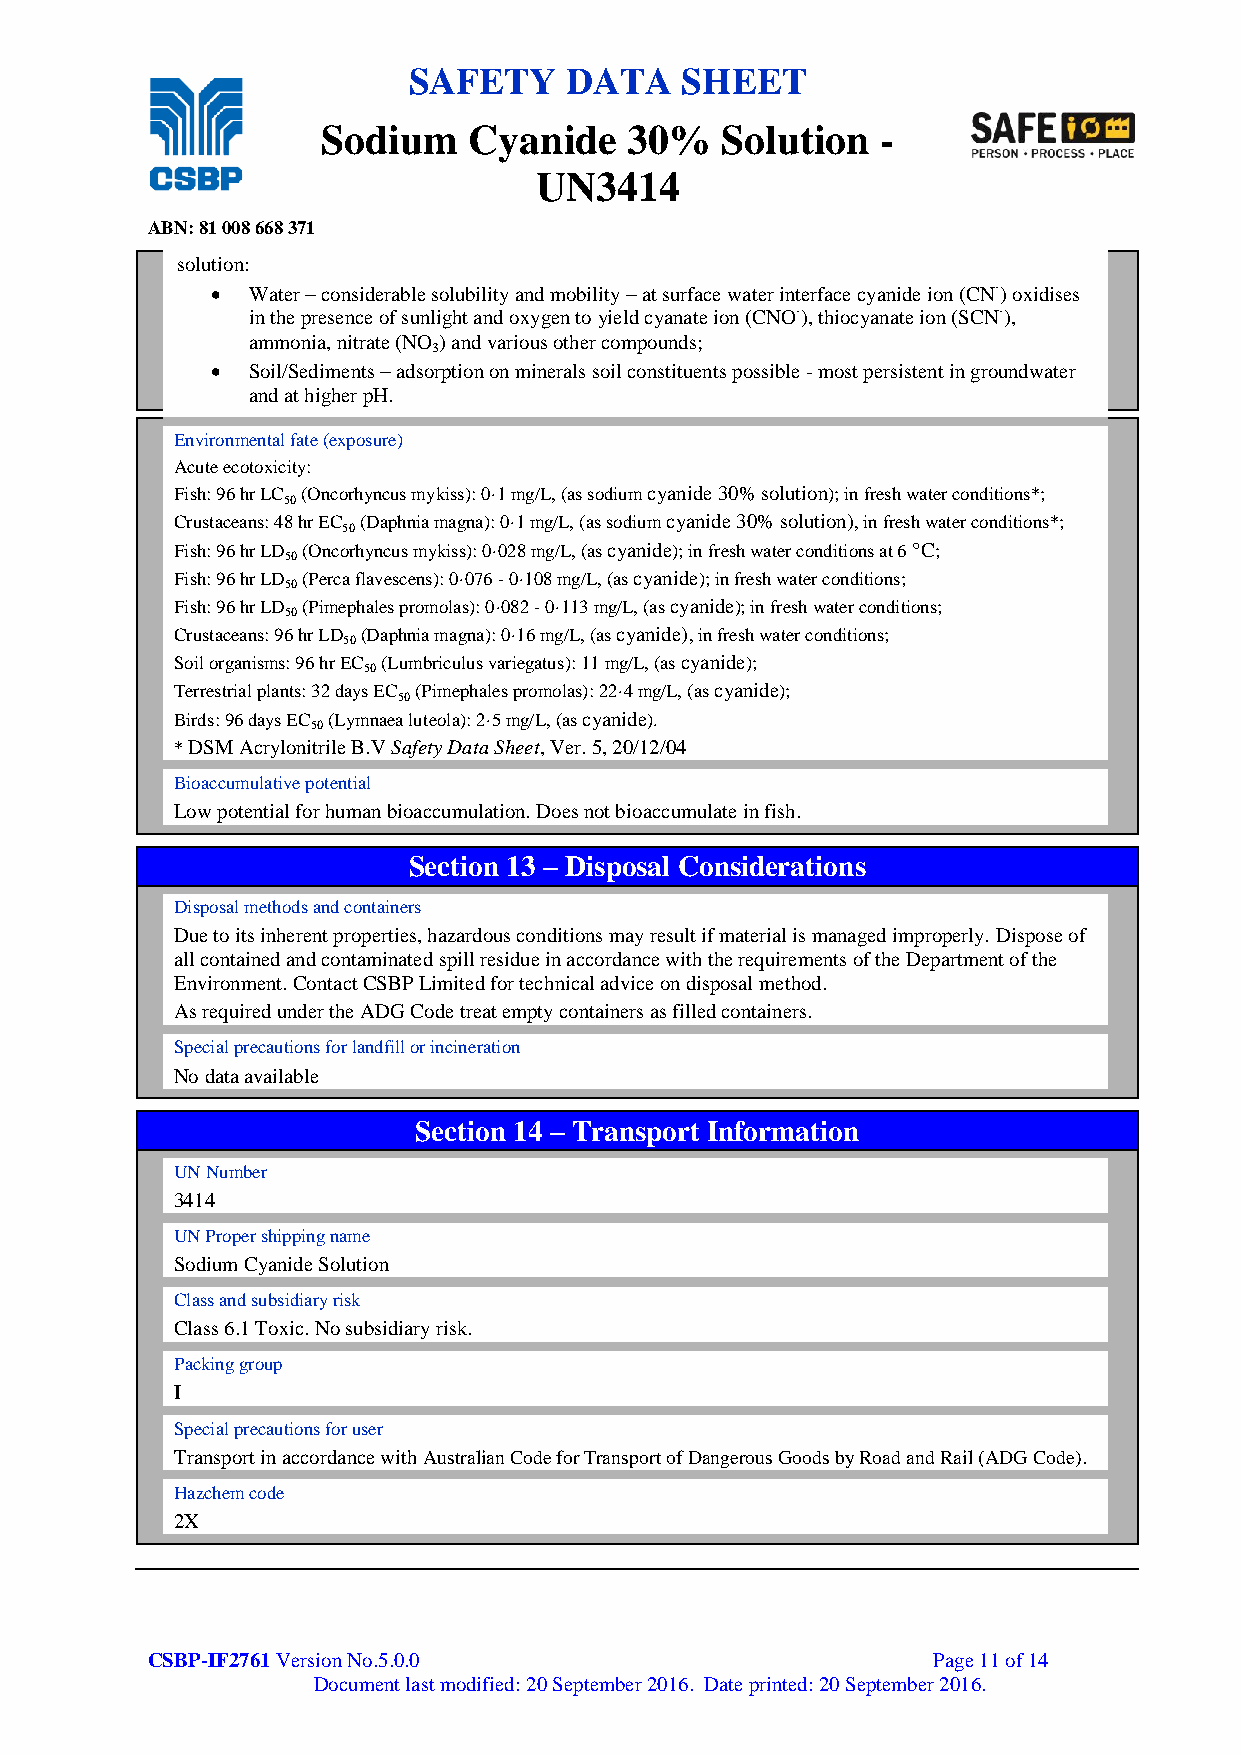
SAFETY    DATA    SHEET
 Sodium    Cyanide    30%   Solution  -
 UN3414
 ABN: 81 008 668 371
 solution:
  Water – considerable solubility and mobility – at surface water interface cyanide ion (CN-) oxidises
 in the presence of sunlight and oxygen to yield cyanate ion (CNO-), thiocyanate ion (SCN-),
 ammonia, nitrate (NO ) and various other compounds;
 3
  Soil/Sediments – adsorption on minerals soil constituents possible - most persistent in groundwater
 and at higher pH.
 Environmental fate (exposure)
 Acute ecotoxicity:
 Fish: 96 hr LC (Oncorhyncus mykiss): 0·1 mg/L, (as sodium cyanide 30% solution); in fresh water conditions*;
 50
 Crustaceans: 48 hr EC (Daphnia magna): 0·1 mg/L, (as sodium cyanide 30% solution), in fresh water conditions*;
 50
 Fish: 96 hr LD (Oncorhyncus mykiss): 0·028 mg/L, (as cyanide); in fresh water conditions at 6 °C;
 50
 Fish: 96 hr LD (Perca flavescens): 0·076 - 0·108 mg/L, (as cyanide); in fresh water conditions;
 50
 Fish: 96 hr LD (Pimephales promolas): 0·082 - 0·113 mg/L, (as cyanide); in fresh water conditions;
 50
 Crustaceans: 96 hr LD (Daphnia magna): 0·16 mg/L, (as cyanide), in fresh water conditions;
 50
 Soil organisms: 96 hr EC (Lumbriculus variegatus): 11 mg/L, (as cyanide);
 50
 Terrestrial plants: 32 days EC (Pimephales promolas): 22·4 mg/L, (as cyanide);
 50
 Birds: 96 days EC (Lymnaea luteola): 2·5 mg/L, (as cyanide).
 50
 * DSM Acrylonitrile B.V Safety Data Sheet, Ver. 5, 20/12/04
 Bioaccumulative potential
 Low potential for human bioaccumulation. Does not bioaccumulate in fish.
 Section 13 – Disposal Considerations
 Disposal methods and containers
 Due to its inherent properties, hazardous conditions may result if material is managed improperly. Dispose of
 all contained and contaminated spill residue in accordance with the requirements of the Department of the
 Environment. Contact CSBP Limited for technical advice on disposal method.
 As required under the ADG Code treat empty containers as filled containers.
 Special precautions for landfill or incineration
 No data available
 Section 14 – Transport Information
 UN Number
 3414
 UN Proper shipping name
 Sodium Cyanide Solution
 Class and subsidiary risk
 Class 6.1 Toxic. No subsidiary risk.
 Packing group
 I
 Special precautions for user
 Transport in accordance with Australian Code for Transport of Dangerous Goods by Road and Rail (ADG Code).
 Hazchem code
 2X
 CSBP-IF2761 Version No.5.0.0                        Page 11 of 14
 Document last modified: 20 September 2016. Date printed: 20 September 2016.